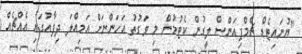
"ޔުނައިޓެޑް ޗެމްޕިއަންސް ލީގުން ކެޓުމުން މި ވަގުތު އަހަންނަށް އަމިއްލަ ދިފާއުގައި އެއްޗެއް